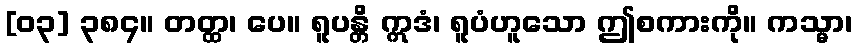
[၀၃] ၃၈၄။ တတ္ထ၊ ပေ။ ရူပန္တိ ဣဒံ၊ ရူပံဟူသော ဤစကားကို။ ကသ္မာ၊